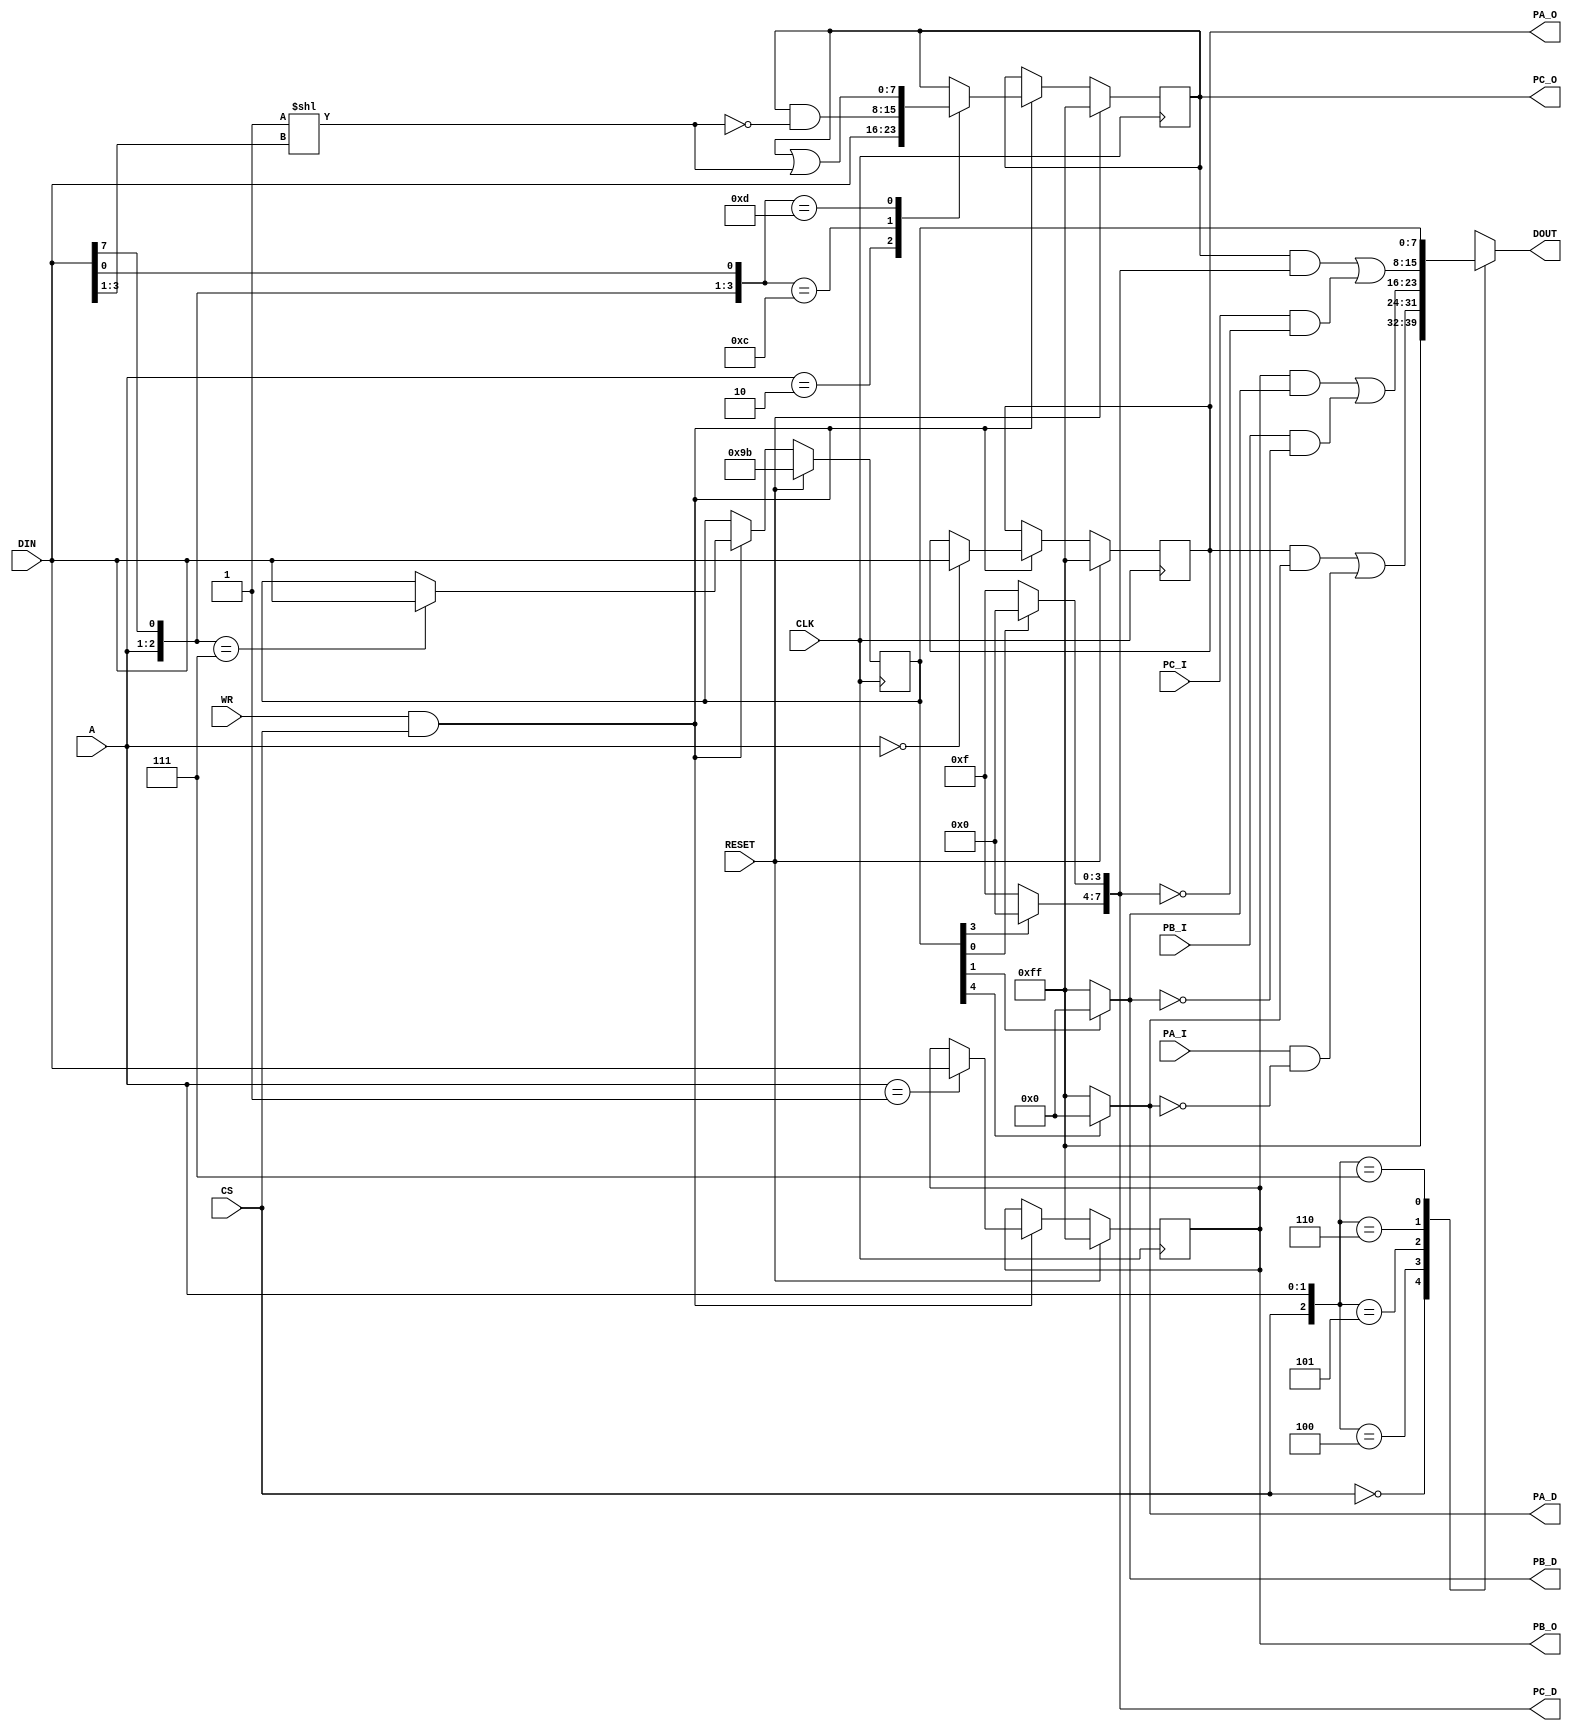
module i8255(
    input CLK,
    input RESET,
    input [7:0] DIN,
    output reg [7:0] DOUT,
    input [1:0] A,
    input CS,
    input WR,
    input [7:0] PA_I,
    output [7:0] PA_O,
    output reg [7:0] PA_D,
    input [7:0] PB_I,
    output [7:0] PB_O,
    output reg [7:0] PB_D,
    input [7:0] PC_I,
    output [7:0] PC_O,
    output reg [7:0] PC_D
);

    wire [7:0] PA, PB, PC;
    reg [7:0] PA_REG, PB_REG, PC_REG, CTRL;

    always @ (CS or A or DOUT or PA or PB or PC or CTRL)
        casez({CS, A})
        3'b0zz: DOUT = 8'hFF; // Deselected
        3'b100: DOUT = PA;    // Port A
        3'b101: DOUT = PB;    // Port B
        3'b110: DOUT = PC;    // Port C
        3'b111: DOUT = CTRL;  // Control register
        endcase

    always @ (posedge CLK)
        if(RESET)
        begin
            PA_REG <= 8'hFF;
            PB_REG <= 8'hFF;
            PC_REG <= 8'hFF;
            CTRL   <= 8'h9B;
        end
        else if(WR && CS)
            casez({ A, DIN[7], DIN[0] })
            4'b00zz: PA_REG <= DIN; // Port A
            4'b01zz: PB_REG <= DIN; // Port B
            4'b10zz: PC_REG <= DIN; // Port C
            4'b111z: CTRL   <= DIN; // Control
            4'b1100: PC_REG <= PC_REG & ~(1 << DIN[3:1]); // Bit reset
            4'b1101: PC_REG <= PC_REG | (1 << DIN[3:1]);     // Bit set
            endcase

    assign PA = (PA_O & PA_D) | (PA_I & ~PA_D);
    assign PB = (PB_O & PB_D) | (PB_I & ~PB_D);
    assign PC = (PC_O & PC_D) | (PC_I & ~PC_D);

    // TODO: only mode 0 implemented
    // synthesis translate_off
    always @ (posedge CLK)
        if(CS && WR && A == 2'b11 && DIN[7] == 1'b0 && (DIN[2] != 1'b0 || DIN[6:5] != 2'b00))
            $write("i8255: Attempted to set non-zero mode\n");
    // synthesis translate_on

    assign PA_O = PA_REG;
    assign PB_O = PB_REG;
    assign PC_O = PC_REG;

    always @ (CTRL or PA_D)
        if(CTRL[4])
            PA_D[7:0] = 8'b0000_0000;
        else
            PA_D[7:0] = 8'b1111_1111;

    always @ (CTRL or PB_D)
        if(CTRL[1])
            PB_D[7:0] = 8'b0000_0000;
        else
            PB_D[7:0] = 8'b1111_1111;

    always @ (CTRL or PC_D)
    begin
        if(CTRL[0])
            PC_D[3:0] = 4'b0000;
        else
            PC_D[3:0] = 4'b1111;

        if(CTRL[3])
            PC_D[7:4] = 4'b0000;
        else
            PC_D[7:4] = 4'b1111;
    end
endmodule